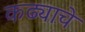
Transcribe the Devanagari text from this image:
कढ्याचे